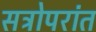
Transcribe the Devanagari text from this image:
सत्रोपरांत